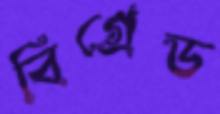
বিগ্রেড